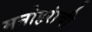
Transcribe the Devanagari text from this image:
मनोहरांची